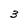
Character: 3